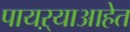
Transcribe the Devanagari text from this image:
पायऱ्याआहेत